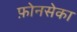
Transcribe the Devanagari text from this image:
फ़ोनसेका